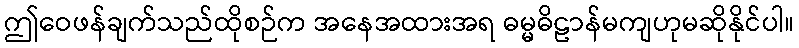
ဤဝေဖန်ချက်သည်ထိုစဉ်က အနေအထားအရ ဓမ္မဓိဠာန်မကျဟုမဆိုနိုင်ပါ။